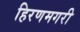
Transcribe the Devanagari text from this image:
हिरणमगरी